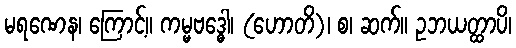
မရဏေန၊ ကြောင့်။ ကမ္မဗဒ္ဓေါ၊ (ဟောတိ)၊ စ၊ ဆက်။ ဥဘယတ္ထာပိ၊